Annual report of the Civil Veterinary Department, Bengal, for the year 1896-97 - 1896-1897
Year: 1896
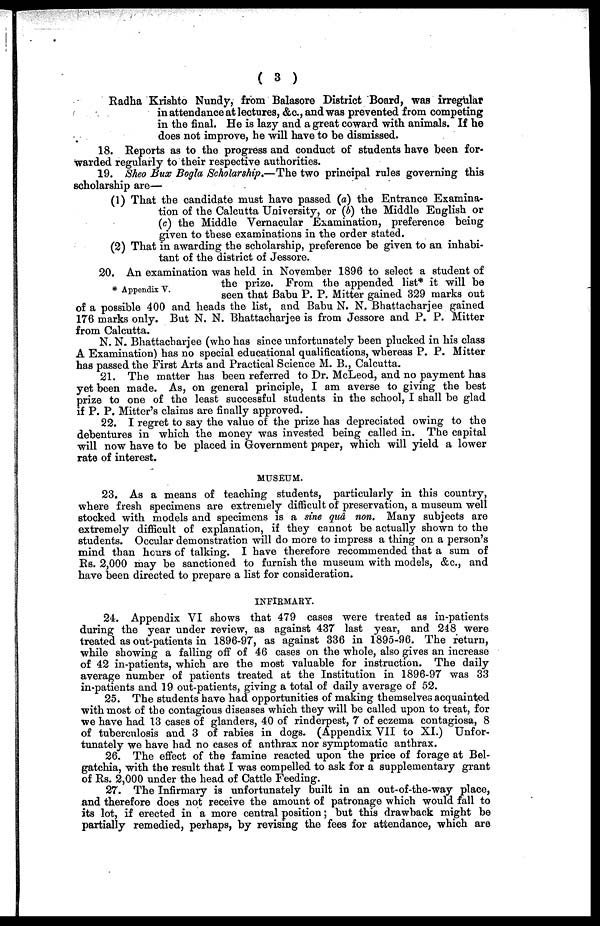
(3)
Radha Krishto Nundy, from Balasore District Board, was irregular
in attendance at lectures, &c., and was prevented from competing
in the final. He is lazy and a great coward with animals. If he
does not improve, he will have to be dismissed.
18. Reports as to the progress and conduct of students have been for-
warded regularly to their respective authorities.
19. Sheo Bux Bogla Scholarship.—The two principal rules governing this
scholarship are—
(1) That the candidate must have passed (a) the Entrance Examina-
tion of the Calcutta University, or (b) the Middle English or
(c) the Middle Vernacular Examination, preference being
given to these examinations in the order stated.
(2) That in awarding the scholarship, preference be given to an inhabi-
tant of the district of Jessore.
* Appendix V.
20. An examination was held in November 1896 to select a student of
the prize. From the appended list* it will be
seen that Babu P. P. Mitter gained 329 marks out
of a possible 400 and heads the list, and Babu N. N. Bhattacharjee gained
176 marks only. But N. N. Bhattacharjee is from Jessore and P. P. Mitter
from Calcutta.
N. N. Bhattacharjee (who has since unfortunately been plucked in his class
A Examination) has no special educational qualifications, whereas P. P. Mitter
has passed the First Arts and Practical Science M. B., Calcutta.
21. The matter has been referred to Dr. McLeod, and no payment has
yet been made. As, on general principle, I am averse to giving the best
prize to one of the least successful students in the school, I shall be glad
if P. P. Mitter's claims are finally approved.
22. I regret to say the value of the prize has depreciated owing to the
debentures in which the money was invested being called in. The capital
will now have to be placed in Government paper, which will yield a lower
rate of interest.
MUSEUM.
23. As a means of teaching students, particularly in this country,
where fresh specimens are extremely difficult of preservation, a museum well
stocked with models and specimens is a sine qua non. Many subjects are
extremely difficult of explanation, if they cannot be actually shown to the
students. Occular demonstration will do more to impress a thing on a person's
mind than hears of talking. I have therefore recommended that a sum of
Rs. 2,000 may bo sanctioned to furnish the museum with models, &c., and
have been directed to prepare a list for consideration.
INFIRMARY.
24. Appendix VI shows that 479 cases were treated as in-patients
during the year under review, as against 437 last year, and 248 were
treated as out-patients in 1896-97, as against 336 in 1895-96. The return,
while showing a falling off of 46 cases on the whole, also gives an increase
of 42 in-patients, which are the most valuable for instruction. The daily
average number of patients treated at the Institution in 1896-97 was 33
in-patients and 19 out-patients, giving a total of daily average of 52.
25. The students have had opportunities of making themselves acquainted
with most of the contagious diseases which they will be called upon to treat, for
we have had 13 cases of glanders, 40 of rinderpest, 7 of eczema contagiosa, 8
of tuberculosis and 3 of rabies in dogs. (Appendix VII to XI.) Unfor-
tunately we have had no cases of anthrax nor symptomatic anthrax.
26. The effect of the famine reacted upon the price of forage at Bel-
gatchia, with the result that I was compelled to ask for a supplementary grant
of Rs. 2,000 under the head of Cattle Feeding.
27. The Infirmary is unfortunately built in an out-of-the-way place,
and therefore does not receive the amount of patronage which would fall to
its lot, if erected in a more central position; but this drawback might be
partially remedied, perhaps, by revising the fees for attendance, which are